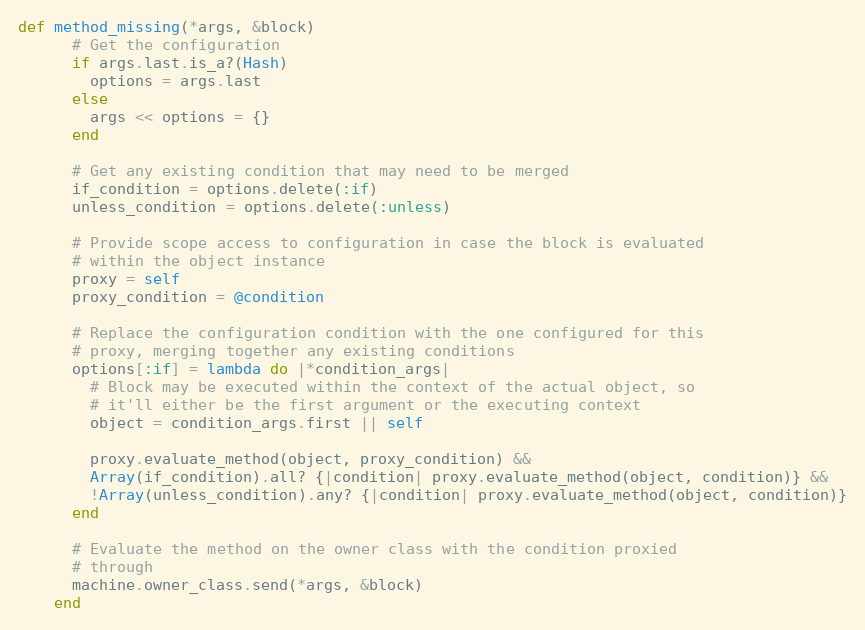
Language: Ruby
def method_missing(*args, &block)
      # Get the configuration
      if args.last.is_a?(Hash)
        options = args.last
      else
        args << options = {}
      end

      # Get any existing condition that may need to be merged
      if_condition = options.delete(:if)
      unless_condition = options.delete(:unless)

      # Provide scope access to configuration in case the block is evaluated
      # within the object instance
      proxy = self
      proxy_condition = @condition

      # Replace the configuration condition with the one configured for this
      # proxy, merging together any existing conditions
      options[:if] = lambda do |*condition_args|
        # Block may be executed within the context of the actual object, so
        # it'll either be the first argument or the executing context
        object = condition_args.first || self

        proxy.evaluate_method(object, proxy_condition) &&
        Array(if_condition).all? {|condition| proxy.evaluate_method(object, condition)} &&
        !Array(unless_condition).any? {|condition| proxy.evaluate_method(object, condition)}
      end

      # Evaluate the method on the owner class with the condition proxied
      # through
      machine.owner_class.send(*args, &block)
    end